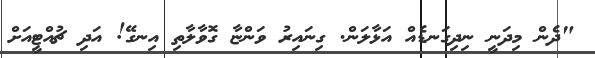
"ދެން މިދަނީ ނިދިގަނޑެއް އަޅާލަން. ގިނައިރު ވަންޏާ ގޮވާލާތި އިނގޭ! އަދި ޗުއްޓީއަށް